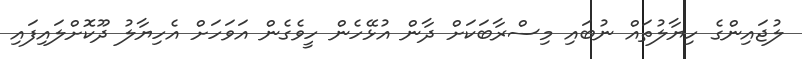
ލުޖައިންގެ ހިޔާލުތައް ނުބައި މިސްރާބަކަށް ދާން އުޅޭހެން ހީވެގެން އަވަހަށް އެހިޔާލު ދޫކޮށްލައިފައި